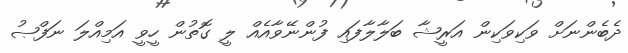
ދެބެންނަށް ވަކިވަކިން އަރީޝާ ބަލާލާފައި ފުންނޭވާއެއް ލީ ގޮތުން ހީވީ އަމިއްލަ ނަފްޞު